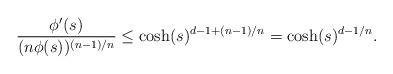
LaTeX: \begin{align*}\frac{\phi'(s)}{(n\phi(s))^{(n-1)/n}}\leq\cosh(s)^{d-1+(n-1)/n}=\cosh(s)^{d-1/n}.\end{align*}